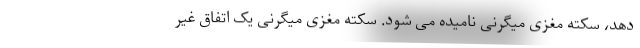
دهد، سکته مغزی میگرنی نامیده می شود. سکته مغزی میگرنی یک اتفاق غیر